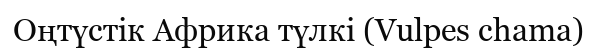
Оңтүстік Африка түлкі (Vulpes chama)